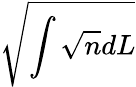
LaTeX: \sqrt{\int\sqrt{n}dL}